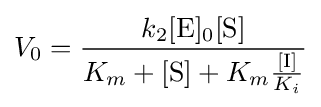
V_{0}={\frac {k_{2}[{\ce {E}}]_{0}[{\ce {S}}]}{K_{m}+[{\ce {S}}]+K_{m}{\frac {[{\ce {I}}]}{K_{i}}}}}